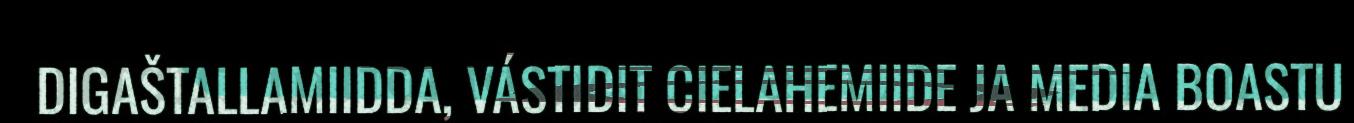
DIGAŠTALLAMIIDDA, VÁSTIDIT CIELAHEMIIDE JA MEDIA BOASTU